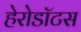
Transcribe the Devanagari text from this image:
हेरोडॉटस